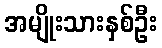
အမျိုးသားနှစ်ဦး